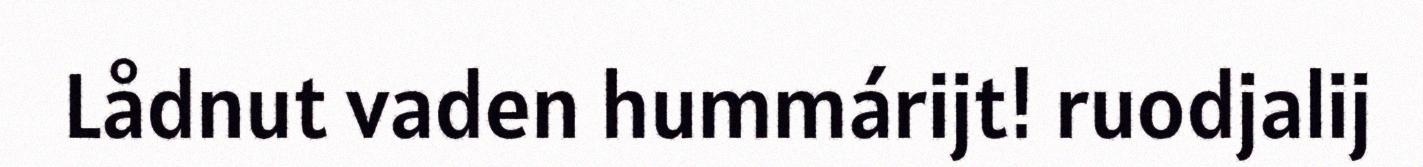
Lådnut vaden hummárijt! ruodjalij